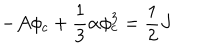
- { \cal A } \phi _ { c } + \frac { 1 } { 3 } \alpha \phi _ { c } ^ { 3 } = \frac { 1 } { 2 } J